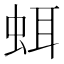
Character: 𧊗